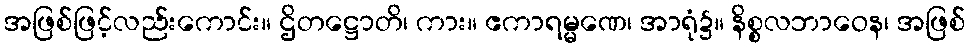
အဖြစ်ဖြင့်လည်းကောင်း။ ဌိတဋ္ဌောတိ၊ ကား။ ဧကာရမ္မဏေ၊ အာရုံ၌။ နိစ္စလဘာဝေန၊ အဖြစ်